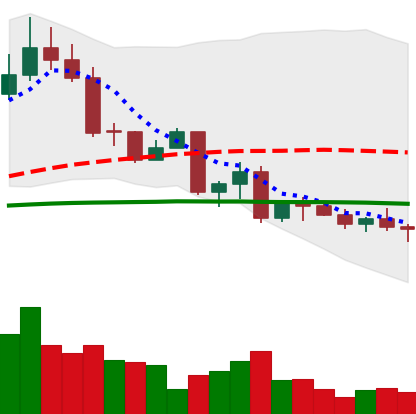
Ticker: EOS-USD
Chart end date: 2022-09-28
Forward return: 3.378%
Label: up_3_5